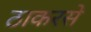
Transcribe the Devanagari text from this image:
ठाकरसे